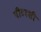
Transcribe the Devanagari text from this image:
पीटरशी